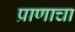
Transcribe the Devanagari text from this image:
प्राणाचा